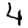
Digit: 4